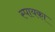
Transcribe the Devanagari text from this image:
स्पायका